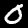
Digit: 0